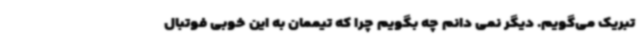
تبریک می‌گویم. دیگر نمی دانم چه بگویم چرا که تیممان به این خوبی فوتبال